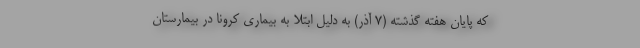
که پایان هفته گذشته (۷ آذر) به دلیل ابتلا به بیماری کرونا در بیمارستان